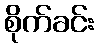
စိုက်ခင်း